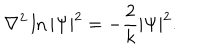
LaTeX: \nabla ^ { 2 } \ln | \Psi | ^ { 2 } = - \frac { 2 } { k } | \Psi | ^ { 2 } .